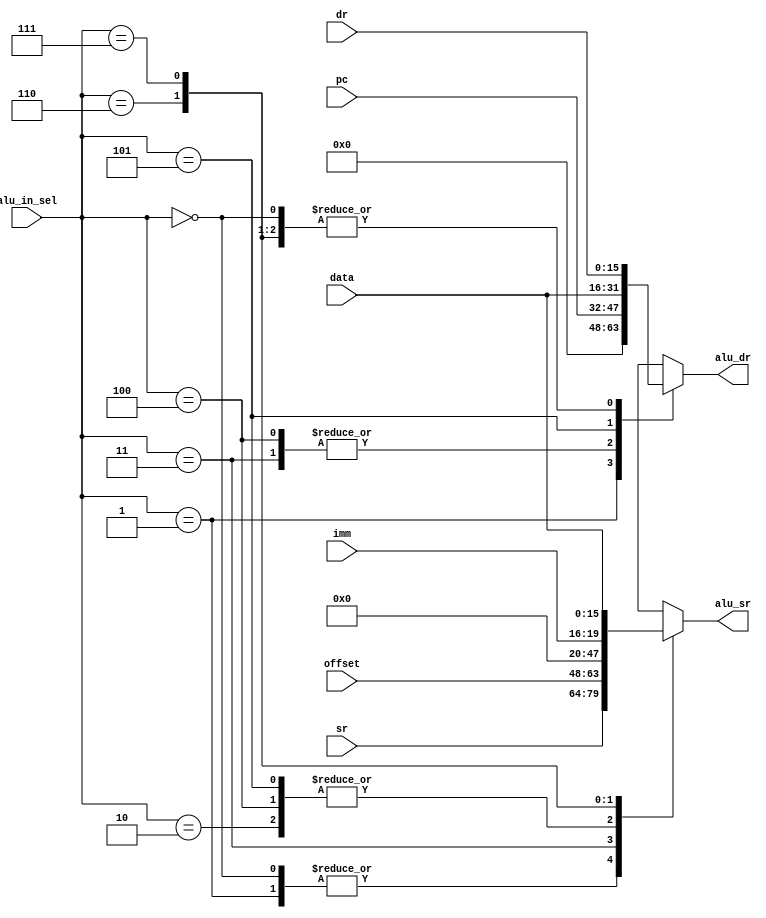

module bus_mux(
   input [2:0]       alu_in_sel,
	input [3:0]			imm,
   input [15:0]      data,
   input [15:0]      pc,
   input [15:0]      offset,
   input [15:0]      sr,
   input [15:0]      dr,
   output reg [15:0] alu_sr,
   output reg [15:0] alu_dr
);
   
   
   always @(alu_in_sel or data or pc or offset or sr or dr)
      case (alu_in_sel)
         3'b000 :
            begin
               alu_sr <= sr;
               alu_dr <= dr;
            end
         3'b001 :
            begin
               alu_sr <= sr;
               alu_dr <= 16'b0000000000000000;
            end
         3'b010 :
            begin
               alu_sr <= 16'b0000000000000000;
               alu_dr <= dr;
            end
         3'b011 :
            begin
               alu_sr <= offset;
               alu_dr <= pc;
            end
         3'b100 :
            begin
               alu_sr <= 16'b0000000000000000;
               alu_dr <= pc;
            end
			
         3'b101 :
            begin
               alu_sr <= 16'b0000000000000000;
               alu_dr <= data;
            end
			3'b110 :
				begin
					alu_sr <= imm;
					alu_dr <= dr;
				end
			3'b111 :
				begin
					alu_sr <= data;
					alu_dr <= dr;
				end
				
         default :
            begin
               alu_sr <= 16'b0000000000000000;
               alu_dr <= 16'b0000000000000000;
            end
      endcase
   
endmodule